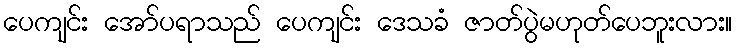
ပေကျင်း အော်ပရာသည် ပေကျင်း ဒေသခံ ဇာတ်ပွဲမဟုတ်ပေဘူးလား။